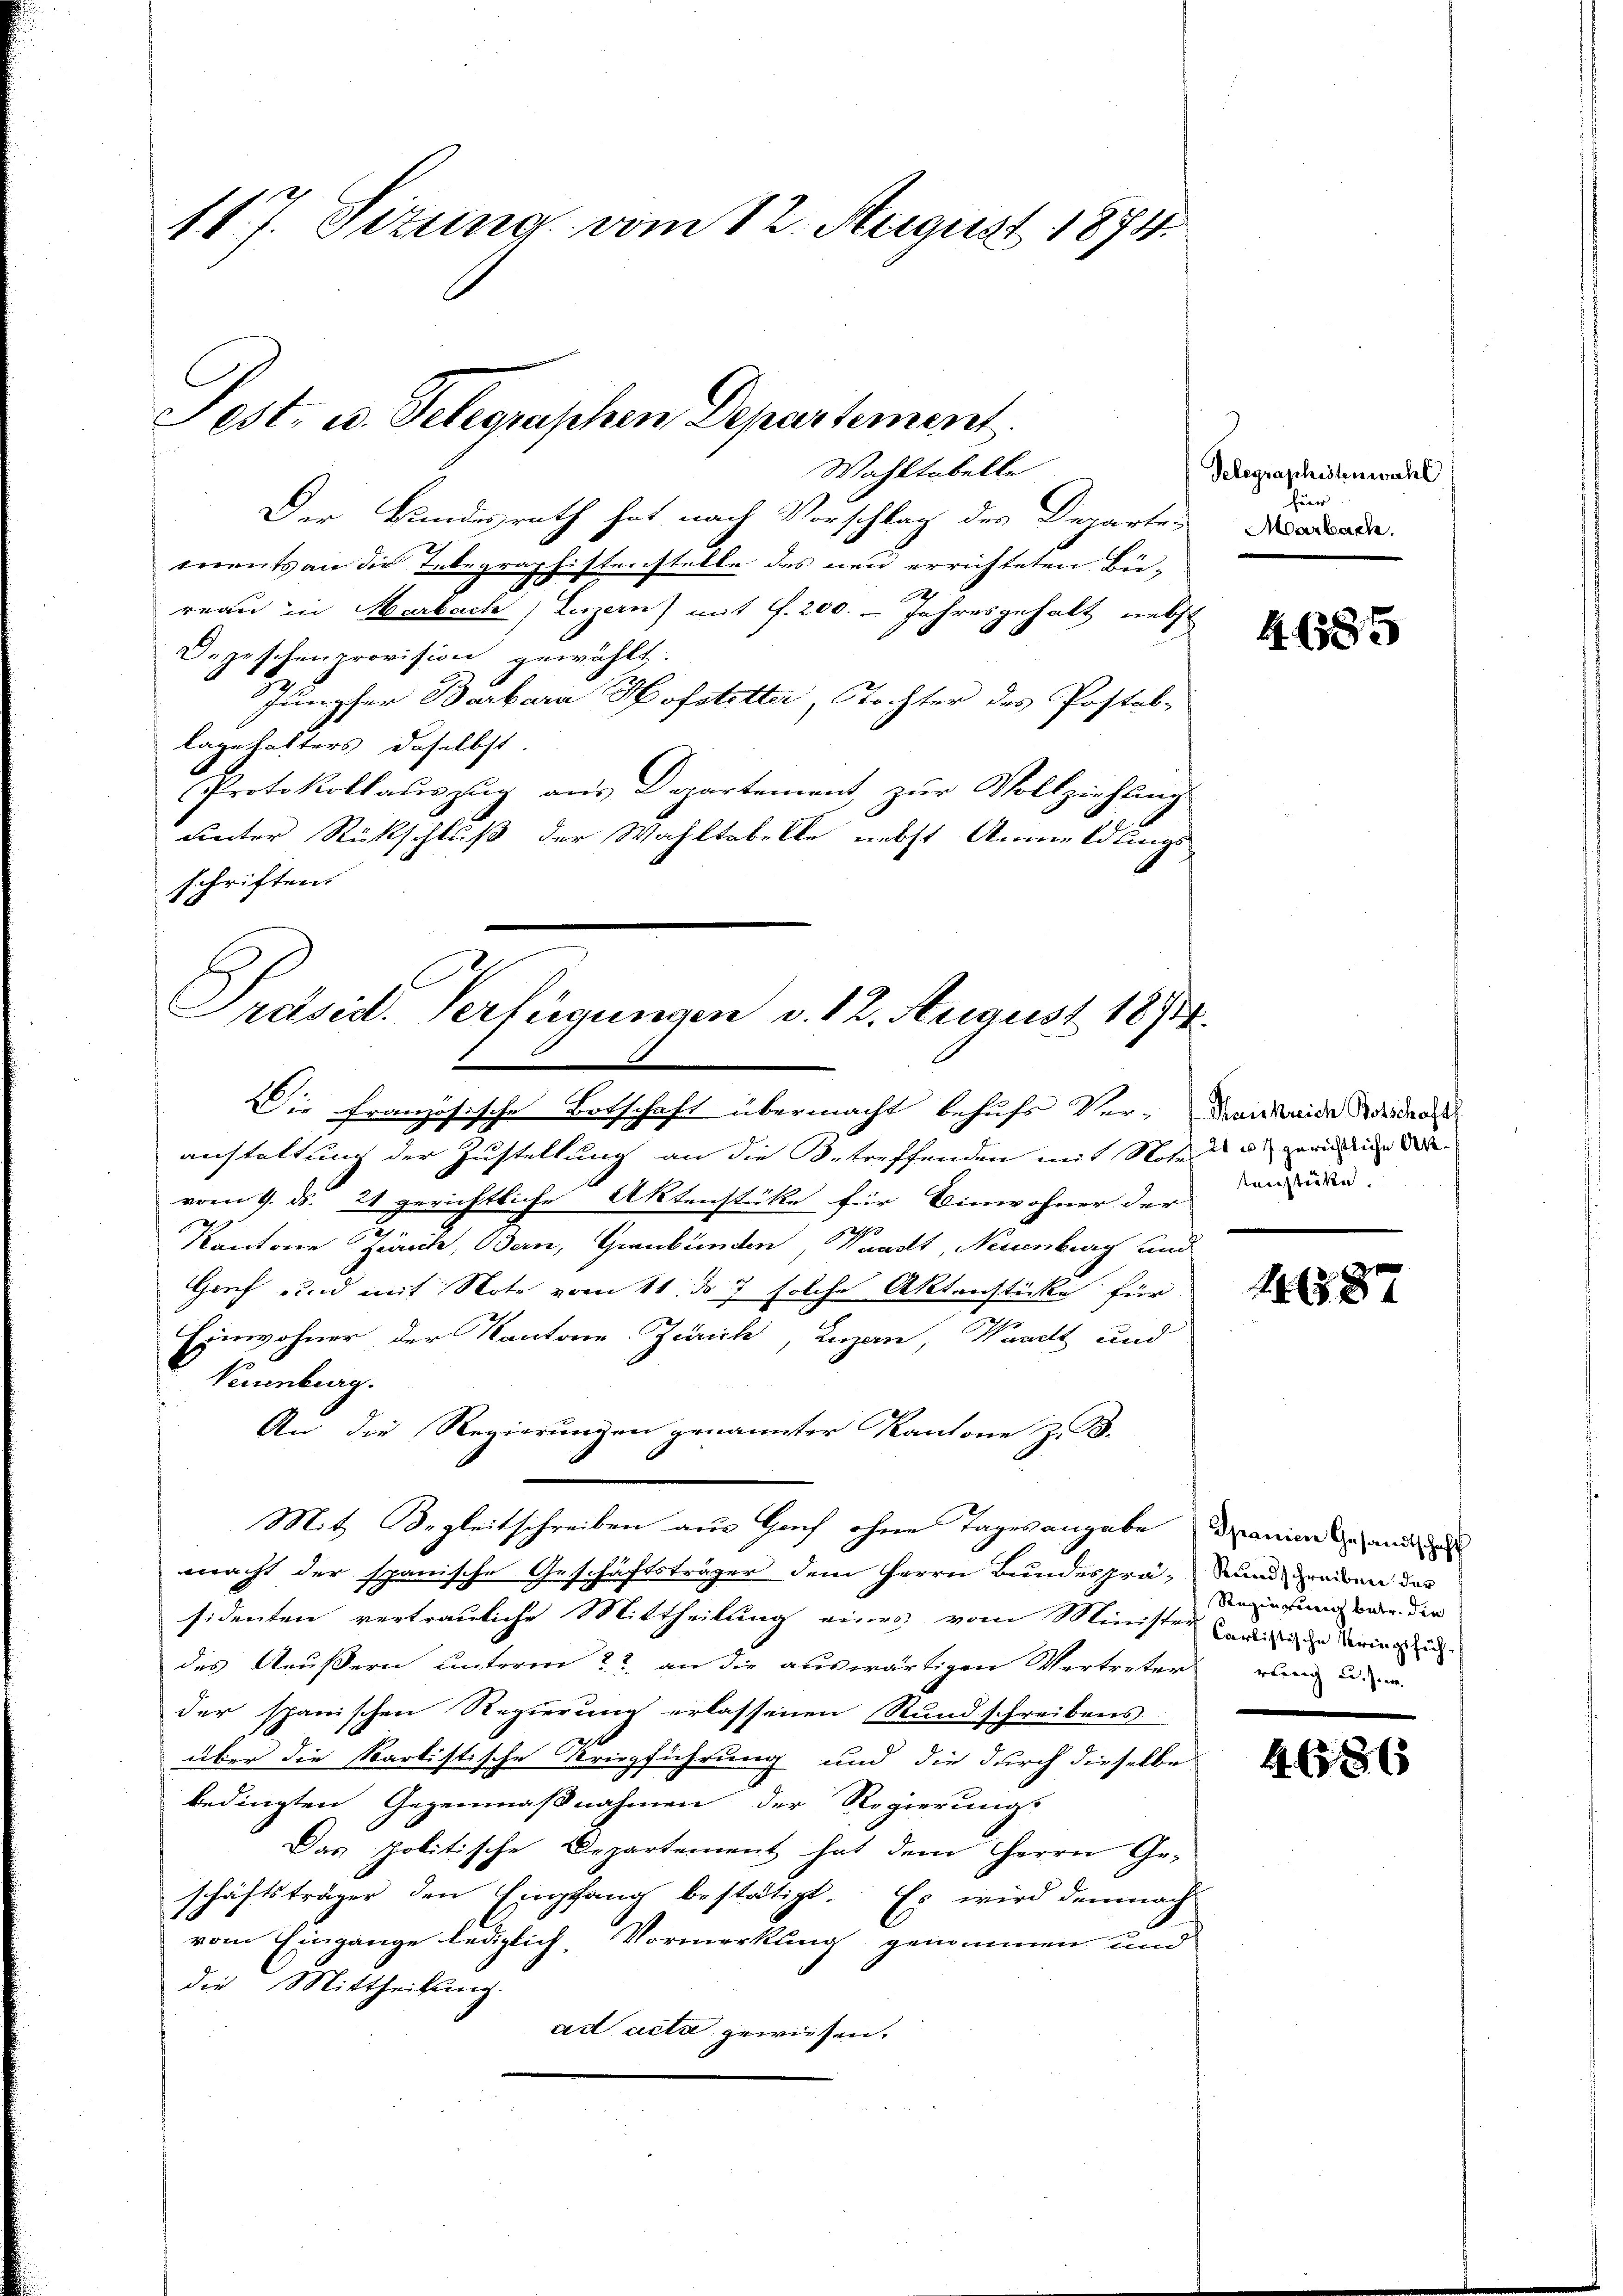
117. Sizung vom 12. August 1874.

Sest. u. Telegraphen Departement.

Wahltabelle
Der Bundesrath hat nach Vorschlag des Departen
u
ments an die Tebegraphistenstelle des neu errichteten Bü-
2
reau in Marbach, Luzern) mit G. 200. - Jahresgehalt nebst
Depeschenprovision gewählt.
Jungfer Barbara Hofstetter, Tochter des Postal-
lage hatters, daselbst
Protokollauszug aus Departement, zur Vollziehung
unter Rückschluß der Wahltabelle nebst Anmeldungs
schriften.
Die Französische Botschaft übermacht behufs Ver-Bais beide der das
anstaltung der Zustellung an die Betreffenden mit Noter u gewiedenen der
vom 9. ds. 21 gerichtliche Aktenstüke für Einwohner der
Kantone Zürich, Bern, Graubünden, Waadt, Neuenburg und
Gorf und mit Note vom 11. ds 7 solche Aktenstücke für
Einwohner der Kantone Zürich, Luzan, Waadt und
Veuenburg.
An die Regierungen genannter Kantone z. B.
Mit Begleitschreiben aus Gach ohne Tagesangabe dranien und
macht der spanische Geschäftsträger dem Herrn Bundesprä- und enden des
sidenten vertrauliche Mittheilung eines vom Minister wird in dringu
des Aeußern unterm 22. an die auswärtigen Vertreter ein u.
der sparischen Regierung erlassenen Rundschreibens
über die Karlistische Kriegführung und die durch dieselbe
bedingten Gegenmaßnahmen der Regierungs
Das politische Departement hat dem Herrn Ge-
schäftsträger den Empfang bestätigt. Es wird demnach
vom Eingange lediglich, Vormerkung genommen und
die Mittheilung.
ad acta gewiesen.

Präsid. Verfügungen v. 12. August 1874.

Telegraphistenwahl
Marbach.

4685

tenstücke

11387

Regierung betr. die

4686